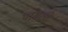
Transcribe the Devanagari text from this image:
पाश्चरचे